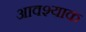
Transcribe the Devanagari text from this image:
आवश्याक